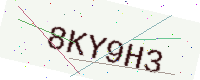
Text: 8KY9H3